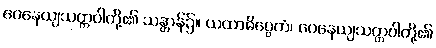
ဝေနေယျသတ္တဝါတို့၏ သန္တာန်၌။ ယထာဓိပ္ပေတံ၊ ဝေနေယျသတ္တဝါတို့၏